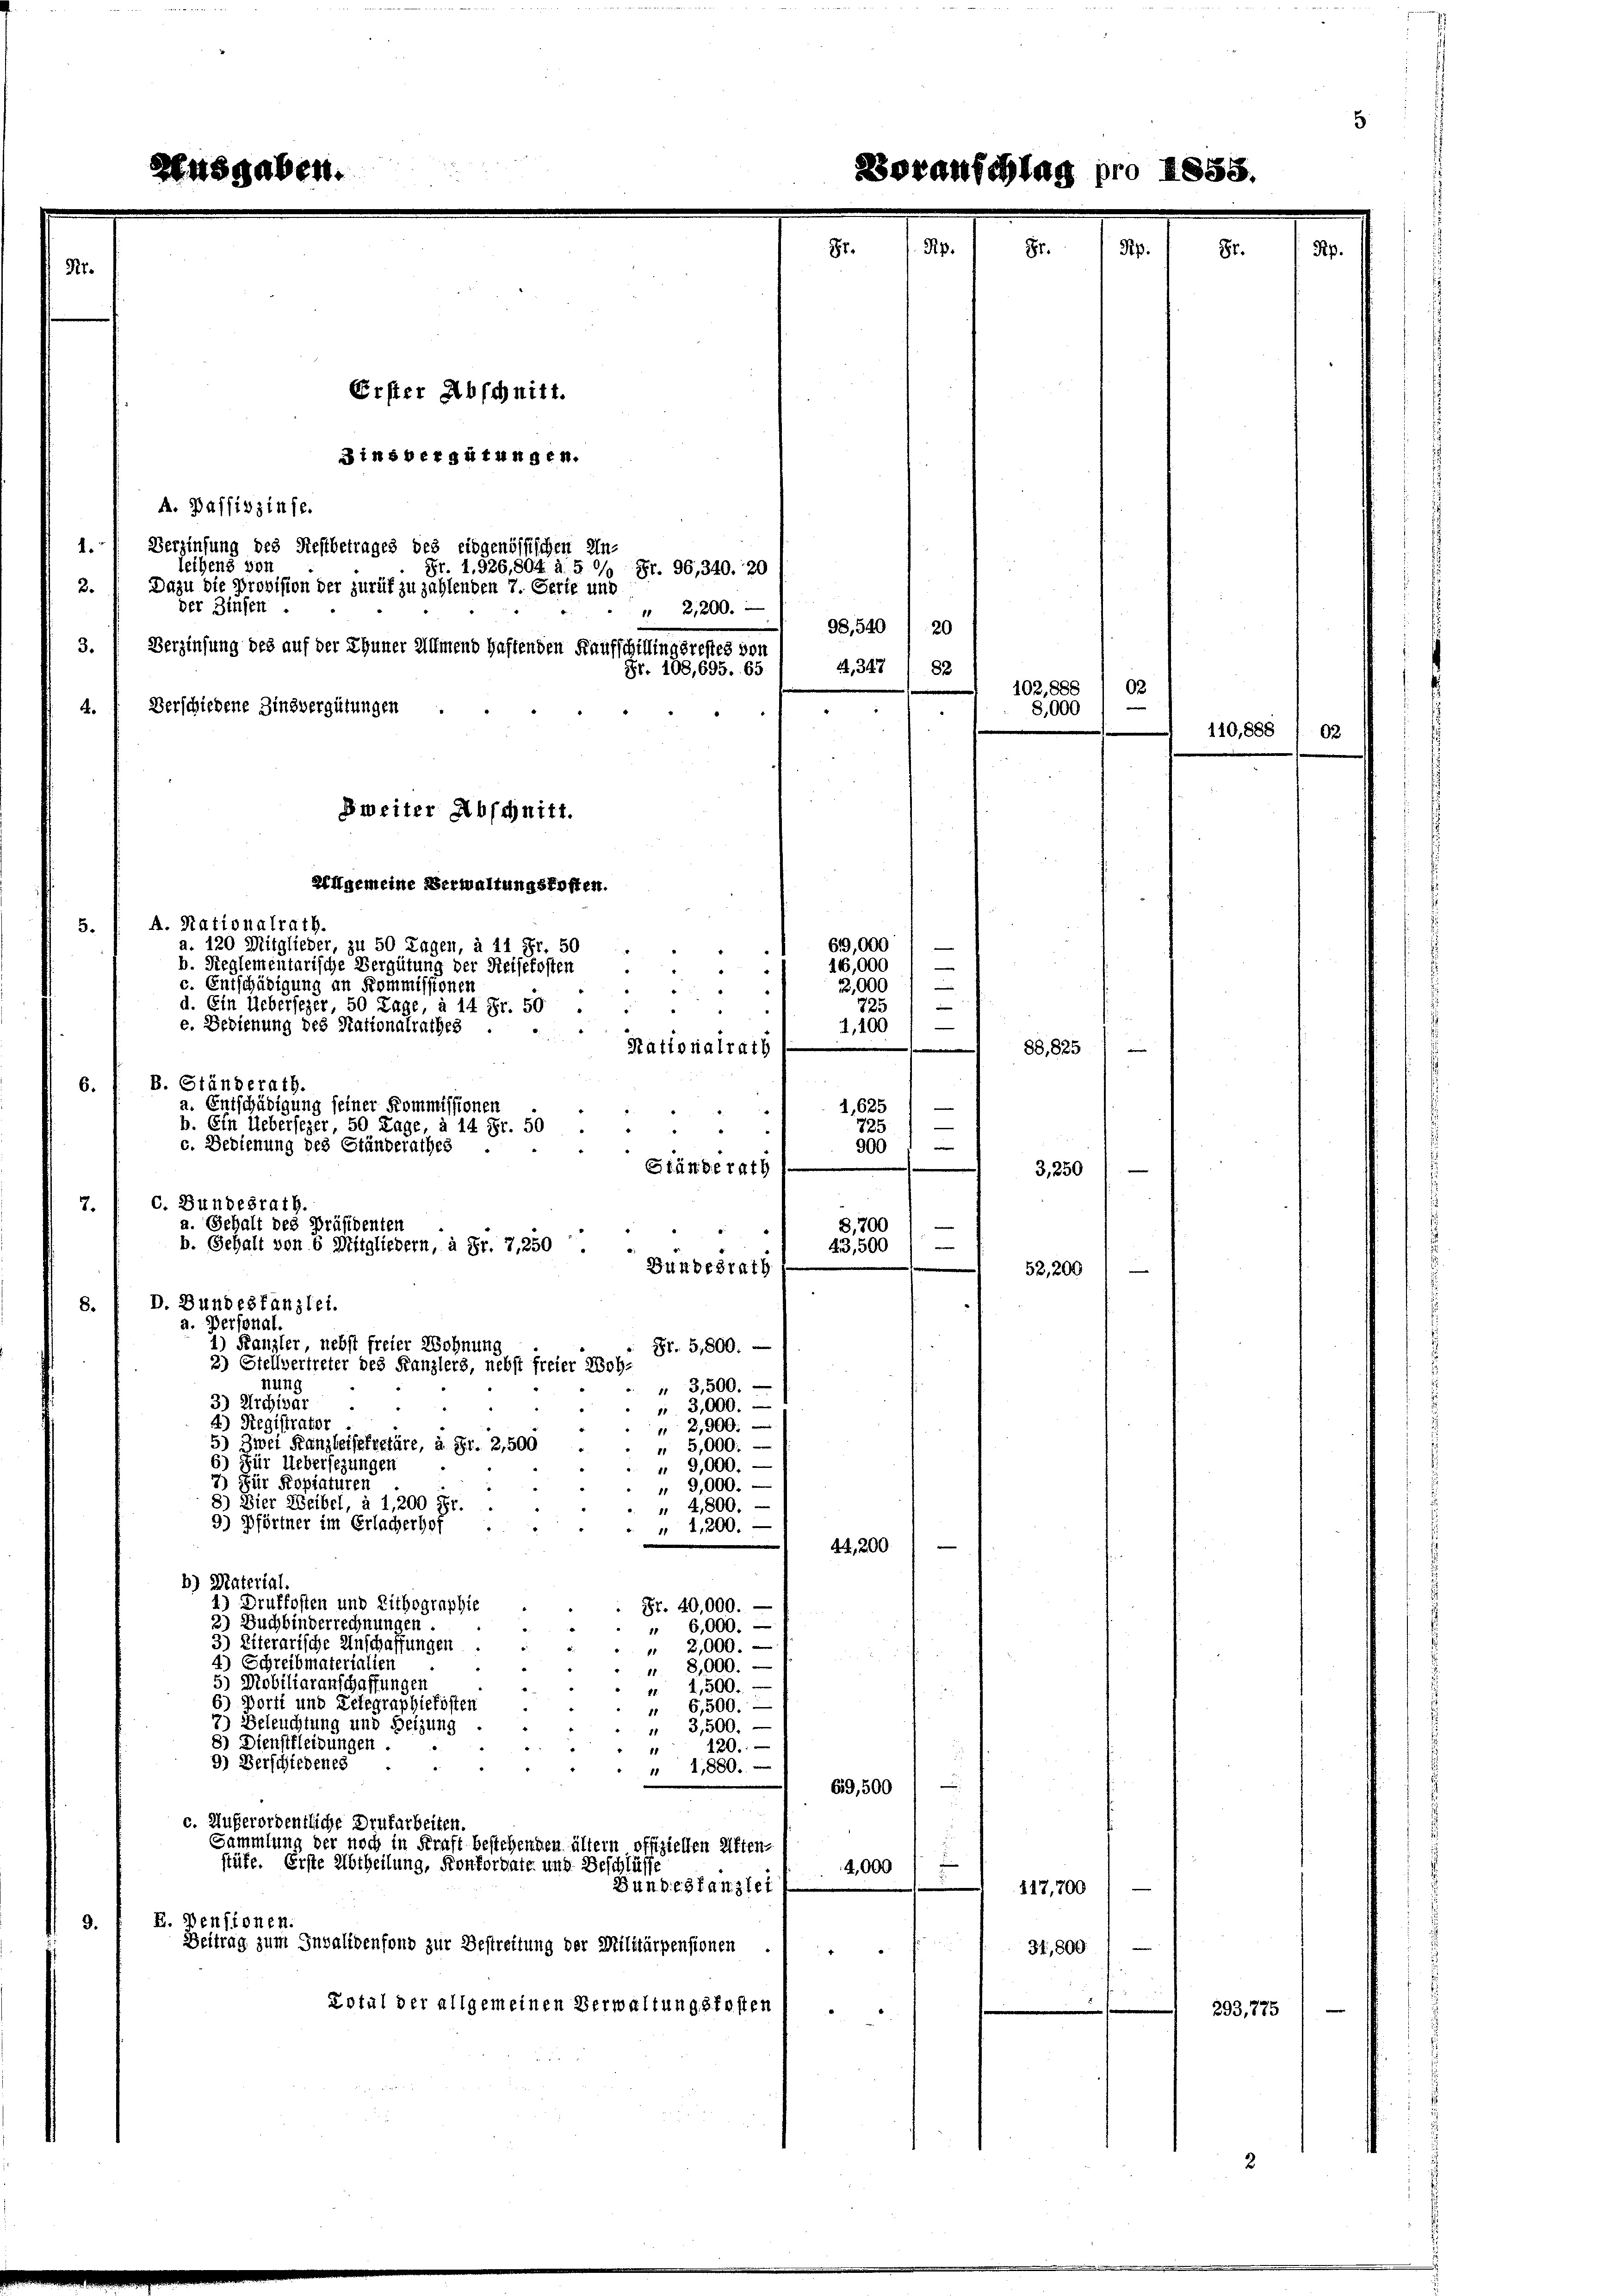
Erster Abschnitt.

A. Passivzinse.
1. Verzinsung des Restbetrages des eidgenössischen Unleihens von
Fr. 1. 326, 804 à 5 0/0 Fr. 96,340. 20
2. Dazu die Provision der zurük zu zahlenden 7. Ferie und
der Zinsen
" 2,200. — 1 23,510 (20
Berzinsung des auf der Thuner Almend haftenden Kaufschillingsrestes von
3.
A,347 ( 82
Fr. 108, 695. 65
Verschiedene Zinsvergütungen
4
Zweiter Abschnitt.
Hlgemeine Verwaltungskosten.
A. Nationalrath.
5.
61,000
a. 120 Mitglieder, zu 50 Tagen, à 11 Fr. 50
b. Reglementarische Vergütung der Reisekosten
16,000
c. Entschädigung an Kommissionen
22,000
d. Ein Uebersezer, 50 Tage, à 14 Fr. 50
e. Bedienung des Stationalrathes
88,825
|
B. Ständerath.
6.
a. Entschädigung seiner Kommissionen
900
—
Ständerath
7.
8,700
43,500
Bundesrath
8.
a. Personal.
Kanzler, nebst freier Wohnung
H. 5,800.
2) Stellvertreter des Kanzlers, nebst freier Woh-
nung
 3,500.
3) Archivar
 3,000.
4) Registrator
2,900.
5) Zwei Kanzleisekretäre, à Fr. 2,500
" 5,000.
6) Für Uebersezungen
" 9,000.
7) Für Kopiaturen
9,000.
8) Dier Weibel, à 1,200 Fr.
 4,800.
9) Pförtner im Erlacherhof
" 1,200.
44,200
b) Material,
4) Drukfosten und Lithographie
Fr. 40,000.
2) Buchbinderrechnungen.
" 6,000.
3) Eiterarische Anschaffungen
" 2,000.
4) Schreibmaterialien
" 8,000.
5) Mobiliaranschaffungen
" 1,500.
6) Porti und Letegraphiekosten
 6,500.
7) Beleuchtung und Heizung
 3,500.
8) Dienstleidungen.
120.
1
9) Verschiedenes
g
" 1880.
.
69,500
c. Außerordentliche Drufarbeiten.
Sammlung der noch in Kraft bestehenden ältern offiziellen Kiften-
stüfe. Erste Abtheilung, Konfordate und Beschlüsse
4,000
x
un. Die 3 tanzlei
117,700
E. Densionen.
9.
Beitrag zum Invalidenfond zur Bestreitung der Militärpensionen
34,800
B
Kotul der allgemeinen Verwaltungskosten

sgaben.

b. Ein Uebersezer, 50 Lage, à 14 Fr. 50
c. Bedienung des Ständerathes
c. Bundesrath.
a. Gehalt des Präsidenten
b. Gehalt von 6 Mitgliedern, à Fr. 7, 250
D. Bundestanzlei.

Binsbergütungen.

“
Rationalrath

soranschlag pro 1858

—
725
1,100
d
1, 625
725)

102, 888 / 02
8,000

3,250
52,200

110,888

293,775

de